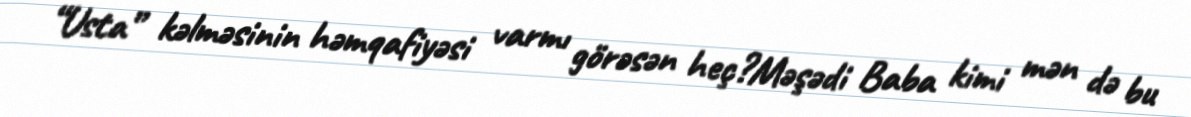
“Usta” kəlməsinin həmqafiyəsi varmı görəsən heç?Məşədi Baba kimi mən də bu